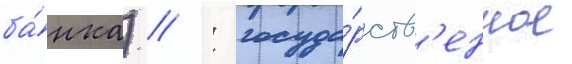
ба́нка) // : госуда́рств'енное